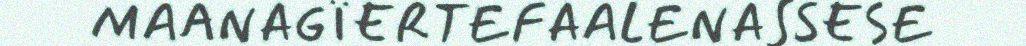
MAANAGÏERTEFAALENASSESE